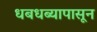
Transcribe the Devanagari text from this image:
धबधब्यापासून